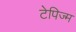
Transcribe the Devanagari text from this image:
टेपिज्म